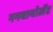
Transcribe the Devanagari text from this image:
ननवायोलेंट